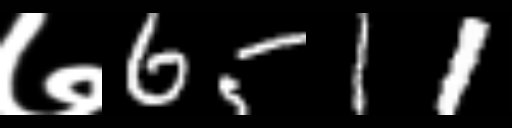
Text: ७6511